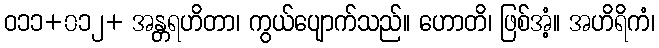
ဝ၁၁+၀၁၂+ အန္တရဟိတာ၊ ကွယ်ပျောက်သည်။ ဟောတိ၊ ဖြစ်အံ့။ အဟိရိကံ၊